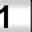
Digit: 1